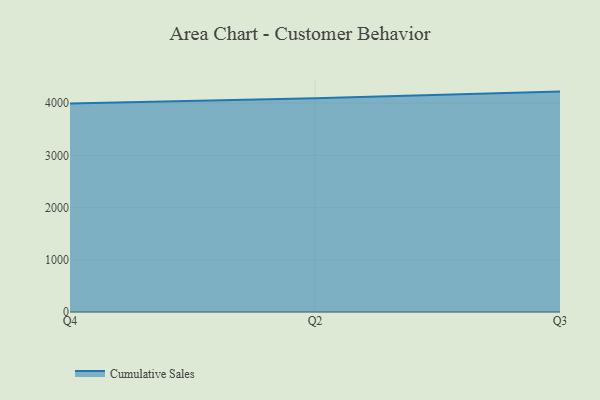
{"axis": {"x": "Quarter", "y": "Churn Rate (%)"}, "legend": ["Cumulative Sales"], "data": [{"x": "Q4", "y": 3990.9, "type": "Cumulative Sales"}, {"x": "Q2", "y": 4092.8, "type": "Cumulative Sales"}, {"x": "Q3", "y": 4220.0, "type": "Cumulative Sales"}]}